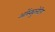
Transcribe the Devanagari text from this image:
ऑस्क्युलेटिग